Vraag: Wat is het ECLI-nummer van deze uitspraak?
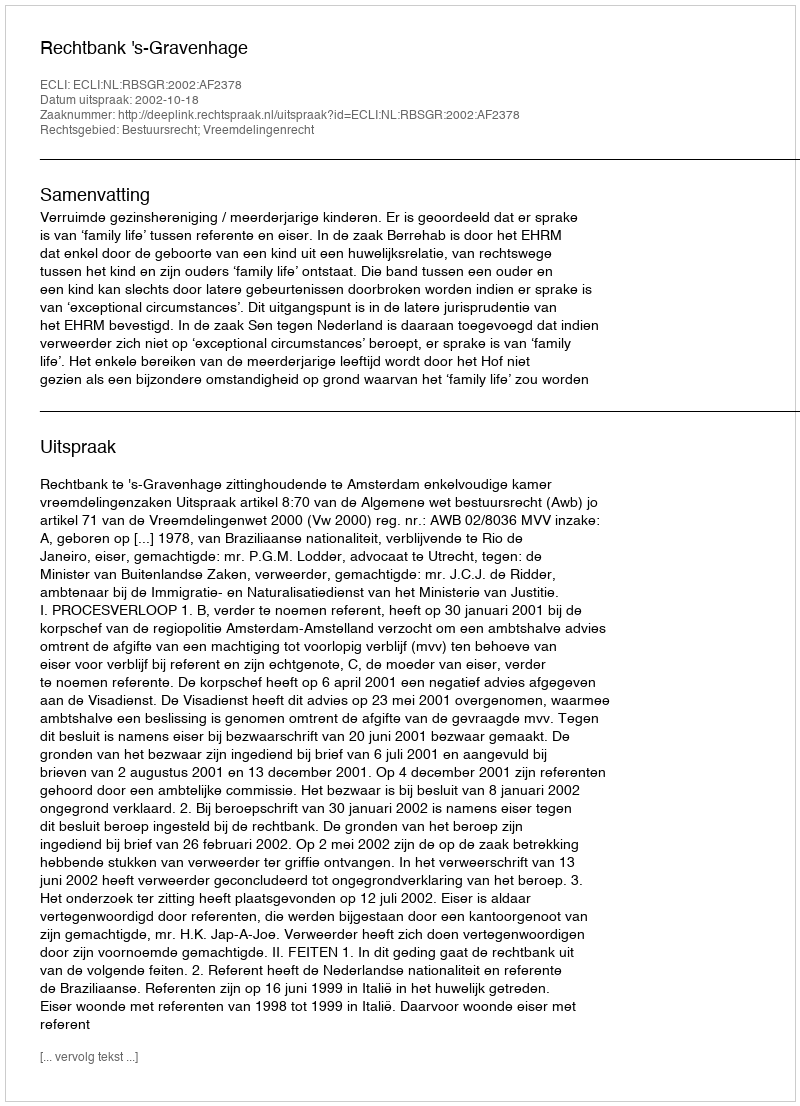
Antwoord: ECLI:NL:RBSGR:2002:AF2378